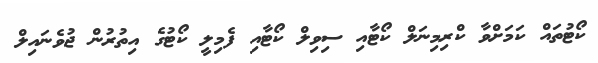
ކޯޓުތައް ކަމަށްވާ ކްރިމިނަލް ކޯޓާއި ސިވިލް ކޯޓާއި ފެމިލީ ކޯޓުގެ އިތުރުން ޖުވެނައިލް